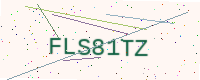
Text: FLS81TZ